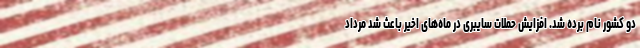
دو کشور نام برده شد. افزایش حملات سایبری در ماه‌های اخیر باعث شد مرداد